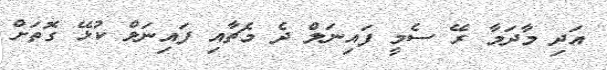
އަދި މާދަމާ ރޭ ސެމީ ފައިނަލް ދެ މެޗާއި ފައިނަލް ކުޅޭ ގޮތަށް